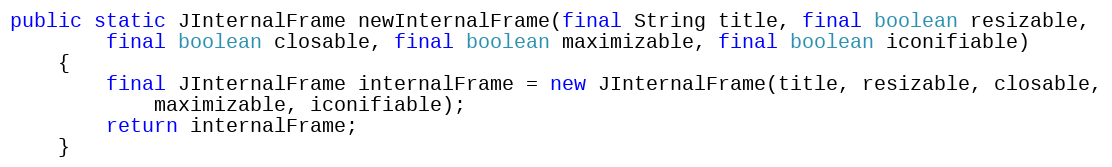
Language: Java
public static JInternalFrame newInternalFrame(final String title, final boolean resizable,
		final boolean closable, final boolean maximizable, final boolean iconifiable)
	{
		final JInternalFrame internalFrame = new JInternalFrame(title, resizable, closable,
			maximizable, iconifiable);
		return internalFrame;
	}